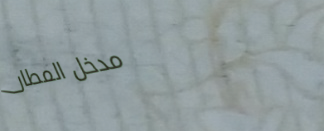
مدخل المطار